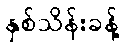
နှစ်သိန်းခန့်